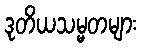
ဒုတိယသမ္မတများ